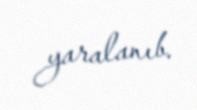
yaralanıb.